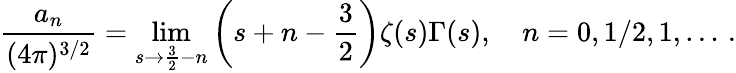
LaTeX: \frac{a_{n}}{(4\pi)^{3/2}}=\operatorname*{lim}_{s\to\frac{3}{2}-n}\left(s+n-\frac{3}{2}\right)\zeta(s)\Gamma(s),\quad n=0,1/2,1,\ldots\, {.}